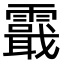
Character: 霵